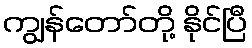
ကျွန်တော်တို့ နိုင်ပြီ